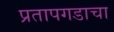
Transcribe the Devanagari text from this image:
प्रतापगडाचा